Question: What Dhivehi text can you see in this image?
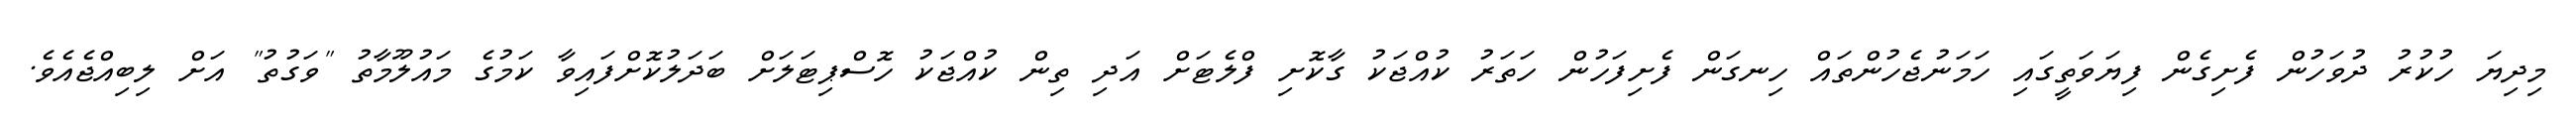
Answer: މިދިޔަ ހުކުރު ދުވަހުން ފެށިގެން ފިޔަވަތީގައި ހަމަނުޖެހުންތައް ހިނގަން ފެށިފަހުން ހަތަރު ކުއްޖަކު ގާކޮށި ފްލެޓަށް އަދި ތިން ކުއްޖަކު ހޮސްޕިޓަލަށް ބަދަލުކޮށްފައިވާ ކަމުގެ މައުލޫމާތު "ވަގުތު" އަށް ލިބިއްޖެއެވެ.